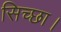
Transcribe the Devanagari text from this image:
सिच्‍छा।